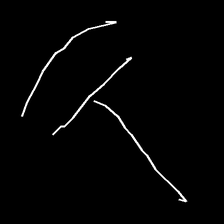
Glyph: dispersion